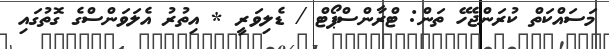
މަސައްކަތް ކުރަންޖެހޭ ތަން: ޓްރާންސްޕޯޓް / ޑެލިވަރީ * އިތުރު އެލަވަންސްގެ ގޮތުގައި